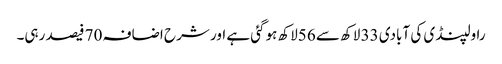
راولپنڈی کی آبادی 33 لاکھ سے 56لاکھ ہوگئی ہے اور شرح اضافہ 70 فیصد رہی۔